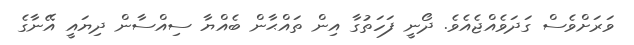
ވަރަށްވެސް ގަދަވެއްޖެއެވެ. ދޯނީ ފަހަތުގާ އިން ތައްޙާން ބެއްޔާ ސިއްސާން ދިޔައީ އޭނާގެ